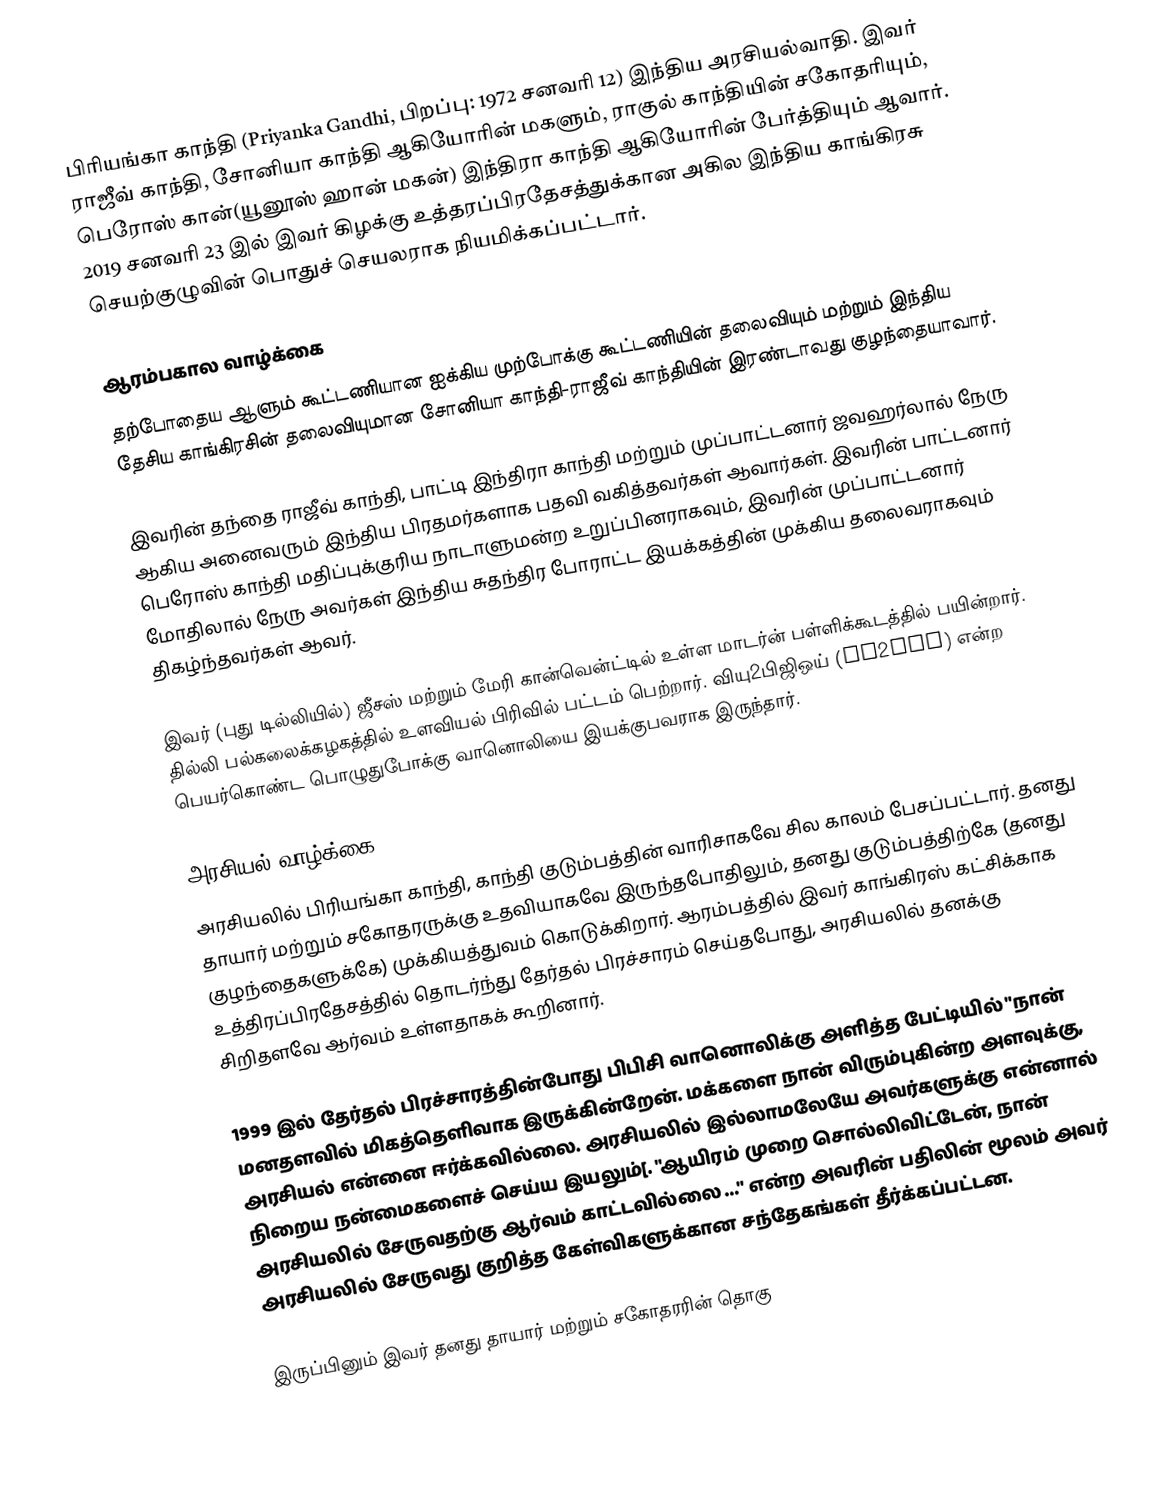
பிரியங்கா காந்தி (Priyanka Gandhi, பிறப்பு: 1972 சனவரி 12) இந்திய அரசியல்வாதி. இவர் ராஜீவ் காந்தி, சோனியா காந்தி ஆகியோரின் மகளும், ராகுல் காந்தியின் சகோதரியும், பெரோஸ் கான்(யூனூஸ் ஹான் மகன்)  இந்திரா காந்தி ஆகியோரின் பேர்த்தியும் ஆவார். 2019 சனவரி 23 இல் இவர் கிழக்கு உத்தரப்பிரதேசத்துக்கான அகில இந்திய காங்கிரசு செயற்குழுவின் பொதுச் செயலராக நியமிக்கப்பட்டார்.

ஆரம்பகால வாழ்க்கை
தற்போதைய ஆளும் கூட்டணியான ஐக்கிய முற்போக்கு கூட்டணியின் தலைவியும் மற்றும் இந்திய தேசிய காங்கிரசின் தலைவியுமான சோனியா காந்தி-ராஜீவ் காந்தியின் இரண்டாவது குழந்தையாவார்.

இவரின் தந்தை ராஜீவ் காந்தி, பாட்டி இந்திரா காந்தி மற்றும் முப்பாட்டனார் ஜவஹர்லால் நேரு ஆகிய அனைவரும் இந்திய பிரதமர்களாக பதவி வகித்தவர்கள் ஆவார்கள். இவரின் பாட்டனார் பெரோஸ் காந்தி மதிப்புக்குரிய நாடாளுமன்ற உறுப்பினராகவும், இவரின் முப்பாட்டனார் மோதிலால் நேரு அவர்கள் இந்திய சுதந்திர போராட்ட இயக்கத்தின் முக்கிய தலைவராகவும் திகழ்ந்தவர்கள் ஆவர்.

இவர் (புது டில்லியில்) ஜீசஸ் மற்றும் மேரி கான்வென்ட்டில் உள்ள மாடர்ன் பள்ளிக்கூடத்தில் பயின்றார். தில்லி பல்கலைக்கழகத்தில் உளவியல் பிரிவில் பட்டம் பெற்றார். வியு2பிஜிஒய் (VU2PGY) என்ற பெயர்கொண்ட பொழுதுபோக்கு வானொலியை இயக்குபவராக இருந்தார்.

அரசியல் வாழ்க்கை
அரசியலில் பிரியங்கா காந்தி, காந்தி குடும்பத்தின் வாரிசாகவே சில காலம் பேசப்பட்டார். தனது தாயார் மற்றும் சகோதரருக்கு உதவியாகவே இருந்தபோதிலும், தனது குடும்பத்திற்கே (தனது குழந்தைகளுக்கே) முக்கியத்துவம் கொடுக்கிறார். ஆரம்பத்தில் இவர் காங்கிரஸ் கட்சிக்காக உத்திரப்பிரதேசத்தில் தொடர்ந்து தேர்தல் பிரச்சாரம் செய்தபோது, அரசியலில் தனக்கு சிறிதளவே ஆர்வம் உள்ளதாகக் கூறினார்.

1999 இல் தேர்தல் பிரச்சாரத்தின்போது பிபிசி வானொலிக்கு அளித்த பேட்டியில் "நான் மனதளவில் மிகத்தெளிவாக இருக்கின்றேன். மக்களை நான் விரும்புகின்ற அளவுக்கு, அரசியல் என்னை ஈர்க்கவில்லை. அரசியலில் இல்லாமலேயே அவர்களுக்கு என்னால் நிறைய நன்மைகளைச் செய்ய இயலும்[. "ஆயிரம் முறை சொல்லிவிட்டேன், நான் அரசியலில் சேருவதற்கு ஆர்வம் காட்டவில்லை ..." என்ற அவரின் பதிலின் மூலம் அவர் அரசியலில் சேருவது குறித்த கேள்விகளுக்கான சந்தேகங்கள் தீர்க்கப்பட்டன.

இருப்பினும் இவர் தனது தாயார் மற்றும் சகோதரரின் தொகு